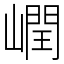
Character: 㠈